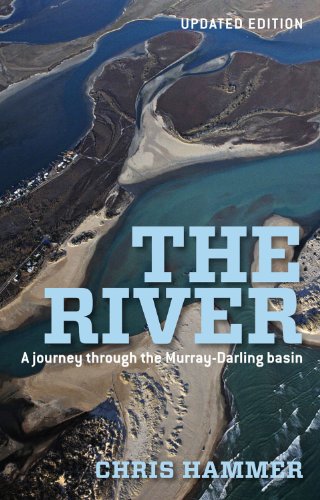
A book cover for The River: A Journey Through the Murray-Darling Basin; Chris Hammer; Travel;